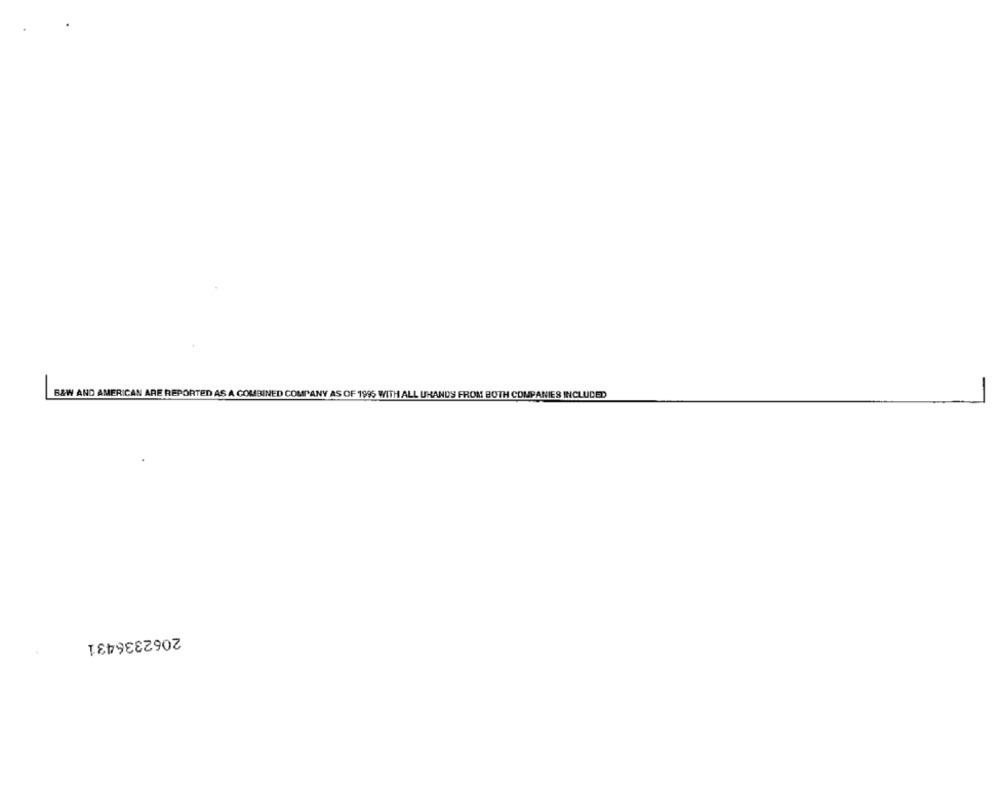
B&W AND AMERICAN ARE REPORTED AS A COMBINED COMPANY AS OF 1996 WITH ALL UHANDS FROM BOTH COMPANIES INCLUDED
2062336431